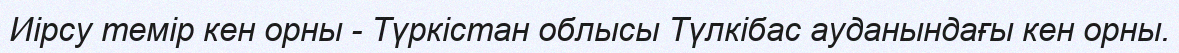
Иірсу темір кен орны - Түркістан облысы Түлкібас ауданындағы кен орны.